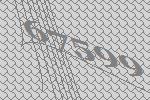
67599